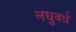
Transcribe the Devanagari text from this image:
लघुवर्ध